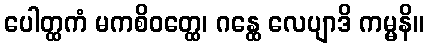
ပေါတ္ထကံ မကစိဝတ္ထေ၊ ဂန္ထေ လေပျာဒိ ကမ္မနိ။